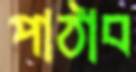
পাঠাব